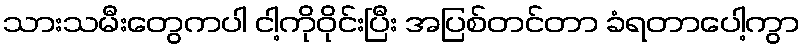
သားသမီးတွေကပါ ငါ့ကိုဝိုင်းပြီး အပြစ်တင်တာ ခံရတာပေါ့ကွာ